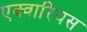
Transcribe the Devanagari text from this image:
एक्वारियस